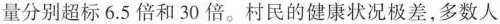
量分别超标6.5倍和30倍。村民的健康状况极差，多数人